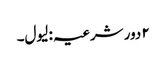
۲ دور شرعیہ : لیول۔